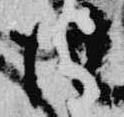
任